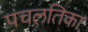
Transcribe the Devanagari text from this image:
पंचलतिका